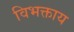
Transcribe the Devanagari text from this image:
विभक्ताय